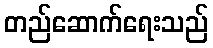
တည်ဆောက်ရေးသည်